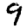
Digit: 9